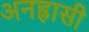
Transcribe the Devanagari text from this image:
अनह्रासी